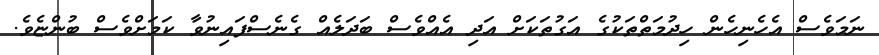
ނަމަވެސް އެހެނިހެން ހިދުމަތްތަކުގެ އަގުތަކަށް އަދި އެއްވެސް ބަދަލެއް ގެނެސްފައިނުވާ ކަމަށްވެސް ބުންޏެވެ.